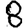
Digit: 8